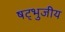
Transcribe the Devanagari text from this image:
षट्भुजीय